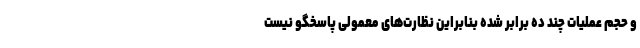
و حجم عملیات چند ده برابر شده بنابراین نظارت‌‌های معمولی پاسخگو نیست